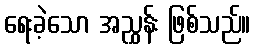
ရေးခဲ့သော အညွှန်း ဖြစ်သည်။